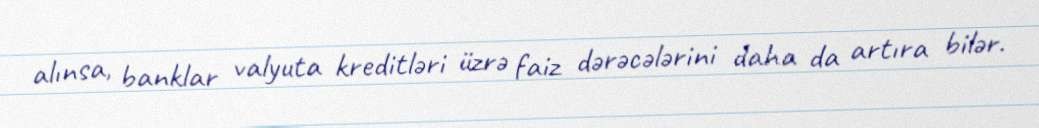
alınsa, banklar valyuta kreditləri üzrə faiz dərəcələrini daha da artıra bilər.